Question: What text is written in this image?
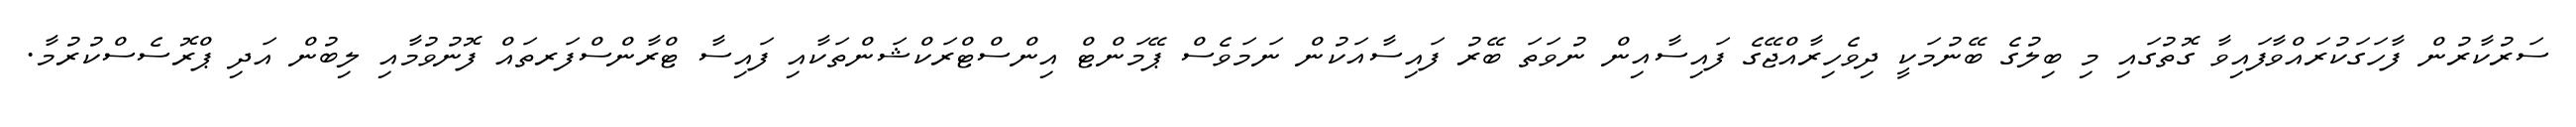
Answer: ސަރުކާރުން ފާހަގަކުރައްވާފައިވާ ގޮތުގައި މި ބިލުގެ ބޭނުމަކީ ދިވެހިރާއްޖޭގެ ފައިސާއިން ނުވަތަ ބޭރު ފައިސާއަކުން ނަމަވެސް ޕޭމަންޓް އިންސްޓްރަކްޝަންތަކާއި ފައިސާ ޓްރާންސްފަރތައް ފޮނުވުމާއި ލިބުން އަދި ޕްރޮސެސްކުރުމާ.